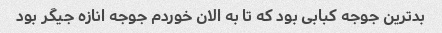
بدترین جوجه کبابی بود که تا به الان خوردم جوجه انازه جیگر بود